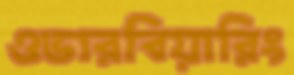
ওভারবিয়ারিং